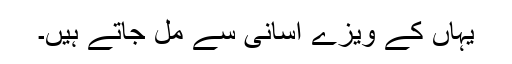
یہاں کے ویزے آسانی سے مل جاتے ہیں۔